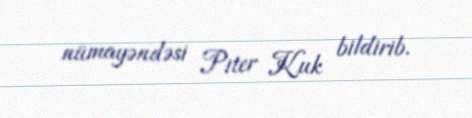
nümayəndəsi Piter Kuk bildirib.